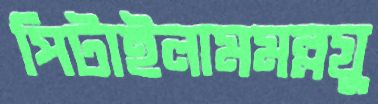
পিটাইলামমল্লযু